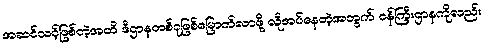
အဆင်သင့်ဖြစ်တဲ့အထိ ဒီဌာနတစ်ခုဖြစ်မြောက်လာဖို့ လိုအပ်နေတဲ့အတွက် ဝန်ကြီးဌာနကိုလည်း